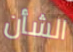
الشأن